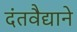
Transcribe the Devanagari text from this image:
दंतवैद्याने